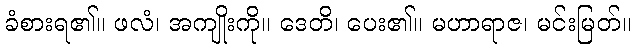
ခံစားရ၏။ ဖလံ၊ အကျိုးကို။ ဒေတိ၊ ပေး၏။ မဟာရာဇ၊ မင်းမြတ်။